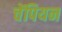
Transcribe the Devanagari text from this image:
चेंपियन